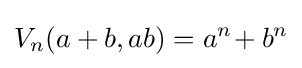
V_{n}(a+b,ab)=a^{n}\!+b^{n}